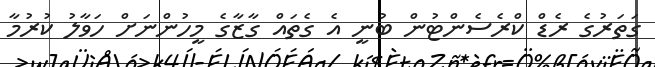
ގަތަރުގެ ރެޑް ކްރެސެންޓުން ބުނީ އެ ގެތައް ގާޒާގެ މީހުންނަށް ހަވާލު ކުރުމާ